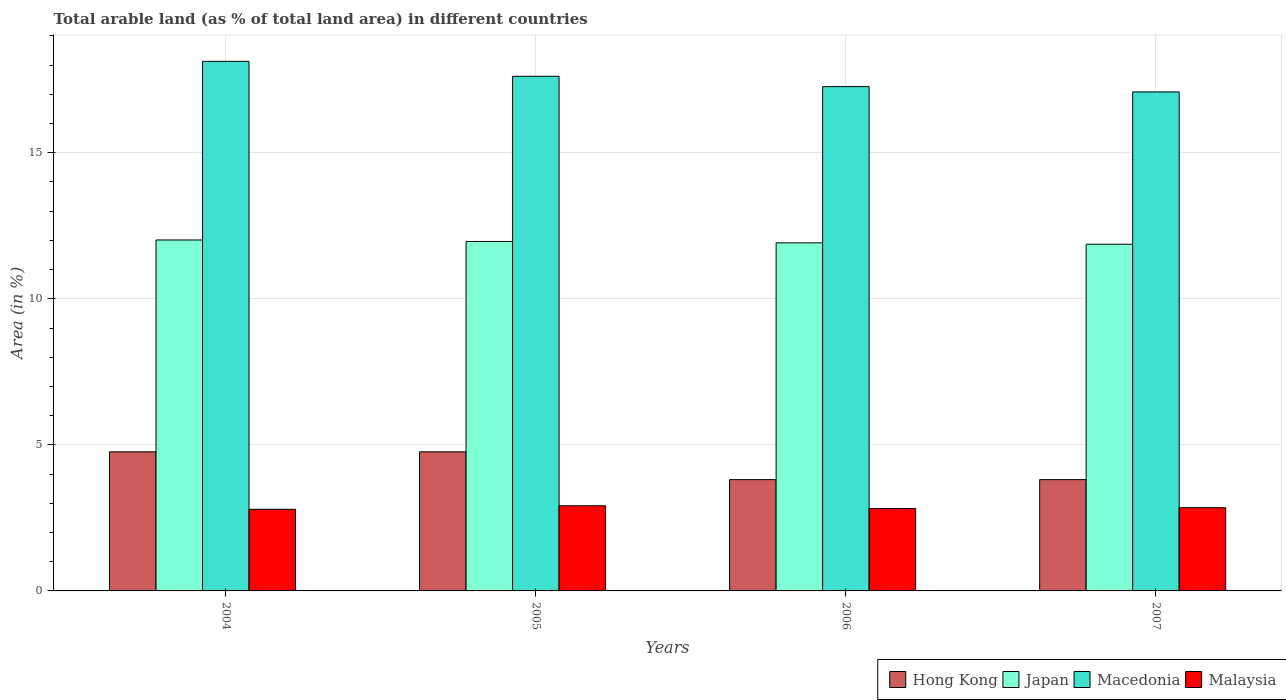
| Years | Hong Kong | Japan | Macedonia | Malaysia |
 | --- | --- | --- | --- | --- |
 | 2004 | 4.76 | 12 | 18.1 | 2.79 |
 | 2005 | 4.76 | 12 | 17.6 | 2.91 |
 | 2006 | 3.81 | 11.9 | 17.3 | 2.82 |
 | 2007 | 3.81 | 11.9 | 17.1 | 2.85 |